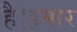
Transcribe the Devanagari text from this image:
है।हमार